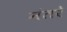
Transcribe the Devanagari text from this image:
नंतरे